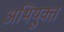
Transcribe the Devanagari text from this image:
अभियु्क्त